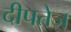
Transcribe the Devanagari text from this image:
दीपतेज